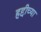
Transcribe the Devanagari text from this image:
हद्दीच्या